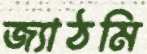
জ্যাঠমি